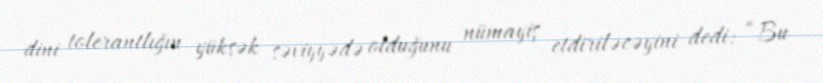
dini tolerantlığın yüksək səviyyədə olduğunu nümayiş etdiriləcəyini dedi: “Bu